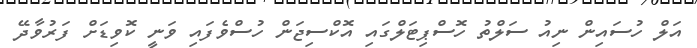
އަލް ހުސައިން ނިއު ސަލްތު ހޮސްޕިޓަލްގައި އޮކްސިޖަން ހުސްވެފައި ވަނީ ކޮވިޑަށް ފަރުވާދޭ